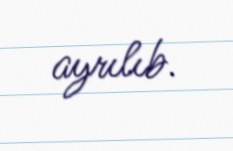
ayrılıb.